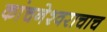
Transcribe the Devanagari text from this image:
कांचनेश्वराचाच